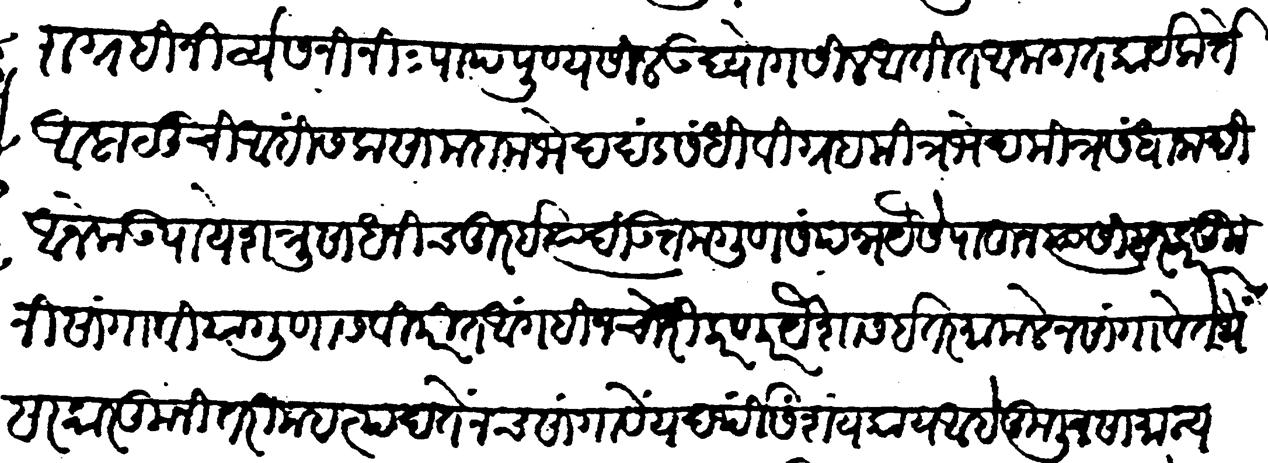
Transliteration (Devanagari): निराग्रही निर्व्यसनी निःपाप पुण्यशील उद्योगशील अतीत-अनागत कार्यकर्ते अलालुची अहिंसक साम दाम भेद दंड संधिविग्रह मित्रभेद मित्रसंधानादि अनेक उपायें शत्रुसाधनी चतुर इत्यादि उत्तमगुणसंपन्न यैसे पाहून त्यांसी सरकारकुनी सांगावी या गुणांस विपरीत आंगहीन चोरी करणार यैशास इतर मामले न सांगावे तेथें सरकारकुनी तरी महत्पद तें नच सांगावें यदर्थी संशय काय आहे कुलीन सामान्य